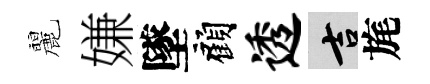
麗嫌墜顧透吉旄